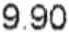
9.90